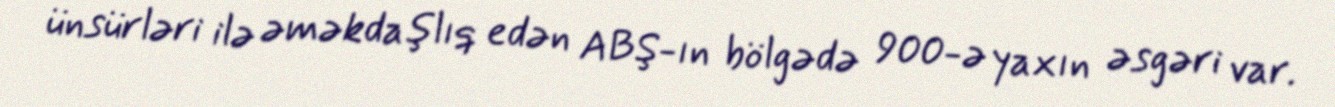
ünsürləri ilə əməkdaşlıq edən ABŞ-ın bölgədə 900-ə yaxın əsgəri var.